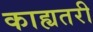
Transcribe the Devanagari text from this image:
काह्यतरी